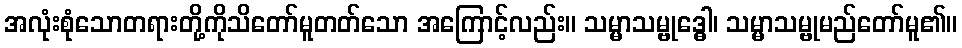
အလုံးစုံသောတရားတို့ကိုသိတော်မူတတ်သော အကြောင့်လည်း။ သမ္မာသမ္ဗုဒ္ဓေါ၊ သမ္မာသမ္ဗုမည်တော်မူ၏။